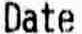
DATE